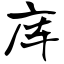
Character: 库